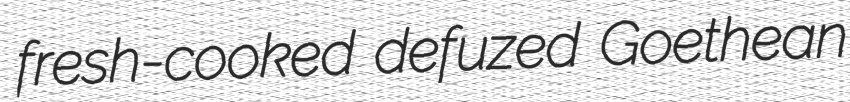
fresh-cooked defuzed Goethean